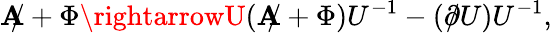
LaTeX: \mathbf{A}\! \! \! /+\Phi\rightarrowU(\mathbf{A}\! \! \! /+\Phi)U^{-1}-(\partial\! \! \! /U)U^{-1},